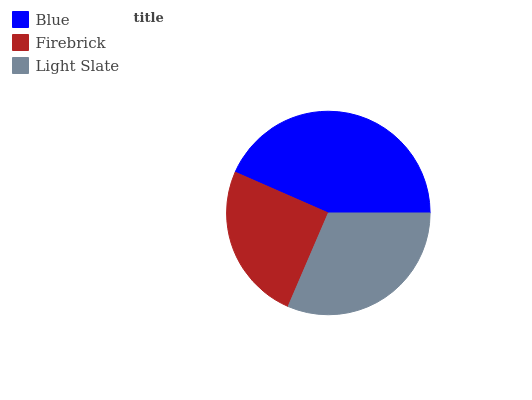
| Blue | Firebrick | Light Slate |
 | --- | --- | --- |
 | 43.4% | 25.1% | 31.5% |